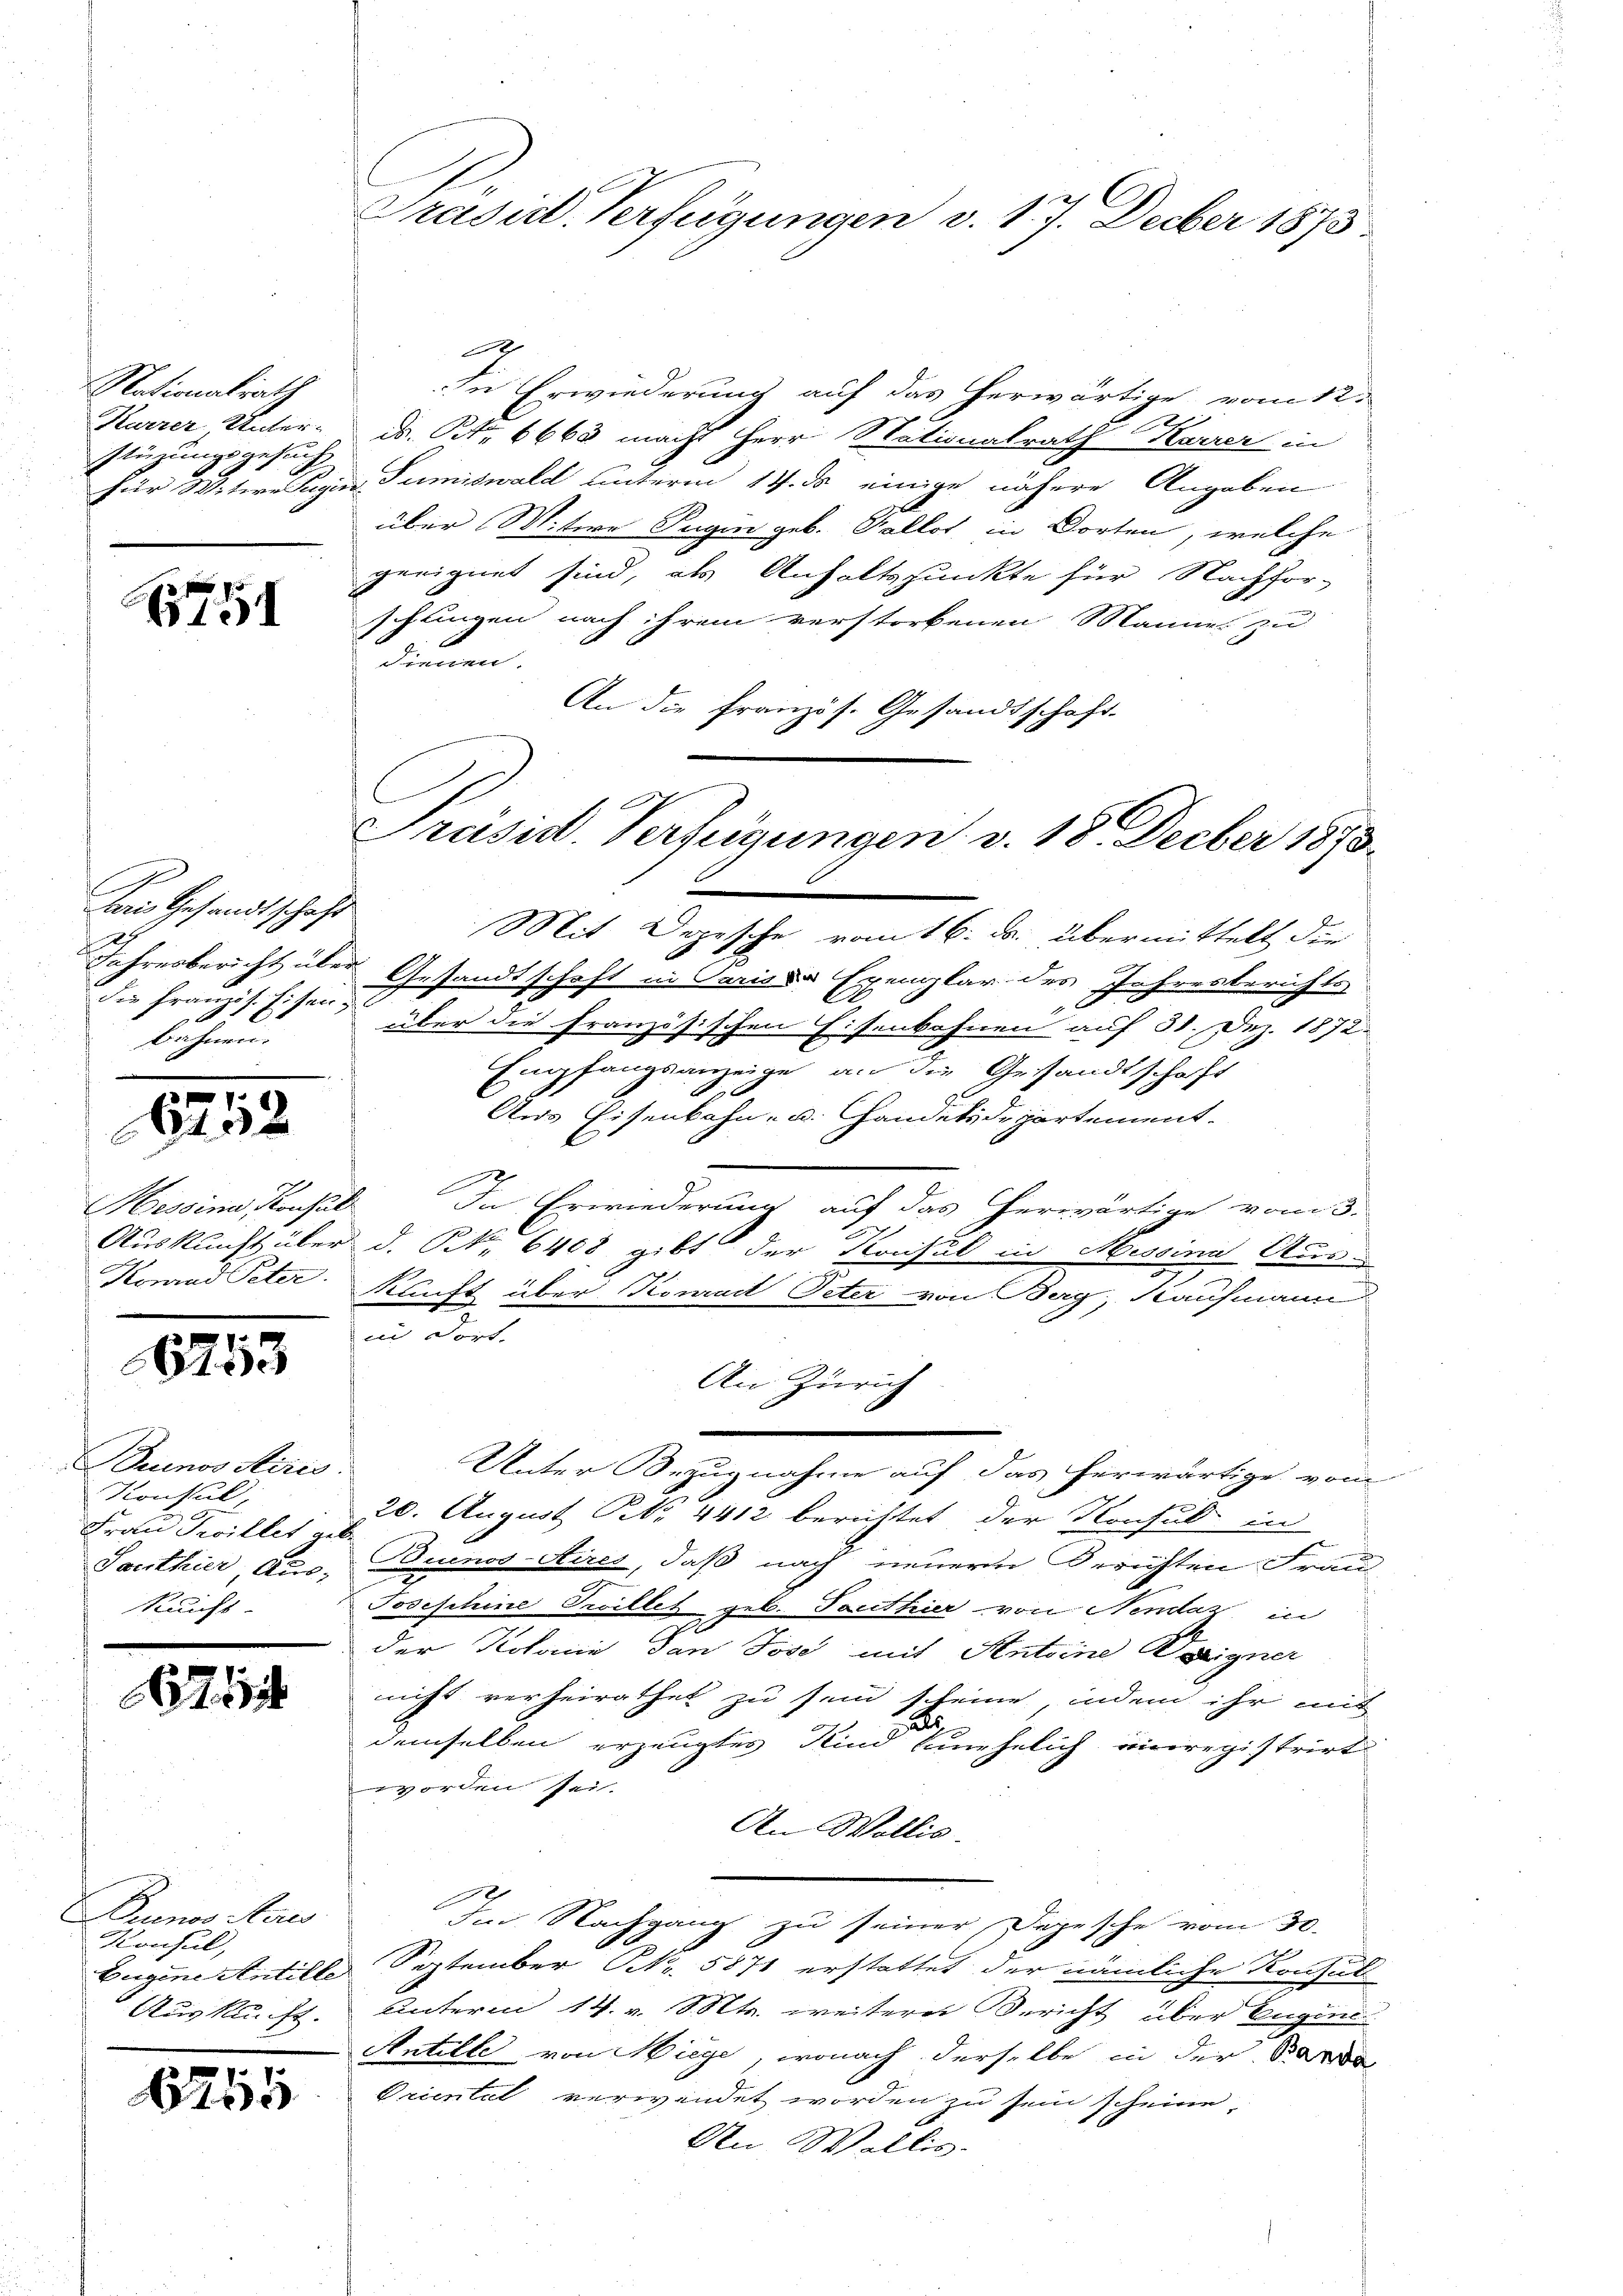
Nationalrath
Kurzer Unter-
Plüzungsgesuch
für Weitere Juge

5

Bois Gesandtschaft
d
Jahresbericht über
die Französ. Eisen.
bahnen.

6212

Hessina Konsul
Auskunft über
Kowand Peter

6713

Buenos Aires.
Konsul
Frau Zwillet gel
Socrthier Aus-
kunft

21

Buenos Aires
Konsul,
Eugen Antille
Auskunft.

1255

Prasut. Verfügungen v. 17. Decber 1873

e
In Erwiederung auf das herwärtige vom 12.
d. Art. 6663 macht Herr Stationalrath Karrer in
Sumiswald unterm 11. ds einige nähere Angaben
über Mitere Tugen geb. Gallot, in Dorten, welche
geeignet sind, als Anhaltspunkte für Nachfor-
schungen nach ihrem verstorbenen Mannes zu
dienen.
An die französ. Gesandtschaft-
Mit Depesche vom 16. ds. übermittelt der
Gesandtschaft in Parise Exemplar des Jahresberichts
über die französischen Eisenbahnen auf 31. Dez. 1872.
Empfangsanzeige an die Gesandtschaft
.
Aus Eisenbahn- u. andelsdepartement.

In Erwiederung auf das herwärtige vom 3.
d. P. Nr. 6408, gibt der Konsul in Messina Aus¬
Kunft über Konrad Peter von Berg, Kaufmann
in dort.
An Zürich
Unter Bezugnahme auf das herwärtige vom
20. August No. 4412. berichtet der Konsul in
Buenos Aires, daß nach neuern Berichten Frau
Josephine Teillet geb. Porthier von Nendaz in
der Kolonie dan Jose mit Antoine Weeigner
nicht verheirathet zu sein scheine, indem ihr mit
.
demselben erzeugtes Kind unehelich einregistrirt
worden sei.
An Wollis.
Im Nachgang zu seiner Depesche vom 30.
September Nr. 5871 erstattet der nämliche Konsul
unterm 14. v. Mts. weiterer Bericht über Eugen
Antille von Wiege, wonach derselbe in der Barba
Oriental verwendet worden zu sein scheine
An Wallis.

Präsid. Verfügungen v. 18. Decber 1873.